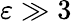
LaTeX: \varepsilon\gg 3